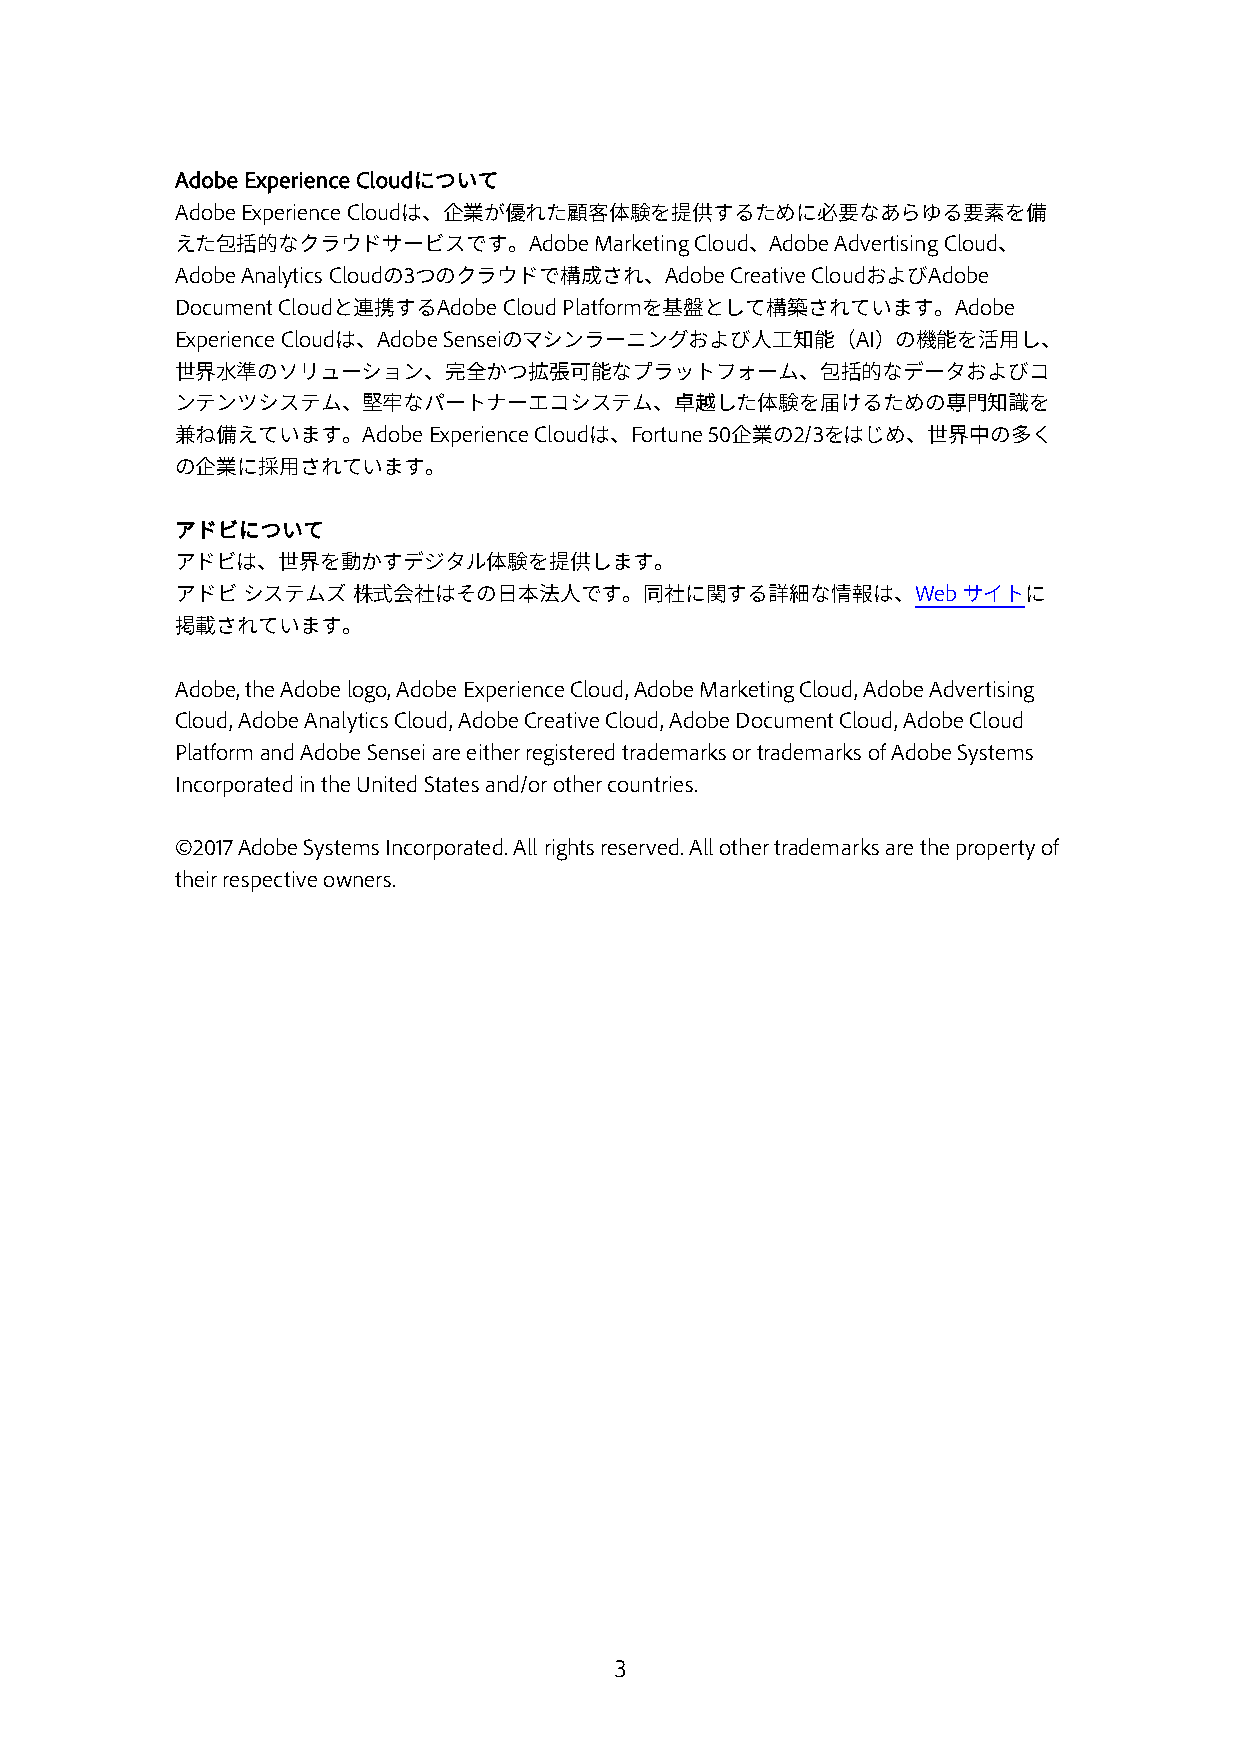
Adobe Experience Cloudについて
 Adobe Experience Cloudは、企業が優れた顧客体験を提供するために必要なあらゆる要素を備
 えた包括的なクラウドサービスです。Adobe     Marketing Cloud、Adobe Advertising Cloud、
 Adobe Analytics Cloudの3つのクラウドで構成され、Adobe Creative CloudおよびAdobe
 Document Cloudと連携するAdobe Cloud Platformを基盤として構築されています。Adobe
 Experience Cloudは、Adobe Senseiのマシンラーニングおよび人工知能（AI）の機能を活用し、
 世界水準のソリューション、完全かつ拡張可能なプラットフォーム、包括的なデータおよびコ
 ンテンツシステム、堅牢なパートナーエコシステム、卓越した体験を届けるための専門知識を
 兼ね備えています。Adobe  Experience Cloudは、Fortune 50企業の2/3をはじめ、世界中の多く
 の企業に採用されています。
 アドビについて
 アドビは、世界を動かすデジタル体験を提供します。
 アドビ システムズ  株式会社はその日本法人です。同社に関する詳細な情報は、Webサイトに
 掲載されています。
 Adobe, the Adobe logo, Adobe Experience Cloud, Adobe Marketing Cloud, Adobe Advertising
 Cloud, Adobe Analytics Cloud, Adobe Creative Cloud, Adobe Document Cloud, Adobe Cloud
 Platform and Adobe Sensei are either registered trademarks or trademarks of Adobe Systems
 Incorporated in the United States and/or other countries.
 ©2017 Adobe Systems Incorporated. All rights reserved. All other trademarks are the property of
 their respective owners.
 3